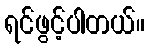
ရင်ဖွင့်ပါတယ်။